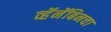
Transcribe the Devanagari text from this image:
व्हॅनॅबिनचा